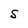
Character: S